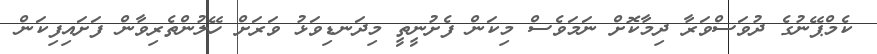
ކެމްޕޭނުގެ ދުވަސްވަރާ ދިމާކޮށް ނަމަވެސް މިކަން ފެށުނީތީ މިދަނޑިވަޅު ވަރަށް ހޭލުންތެރިވާން ފަށައިފިކަން